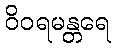
ဝိဝရမန္တရေ